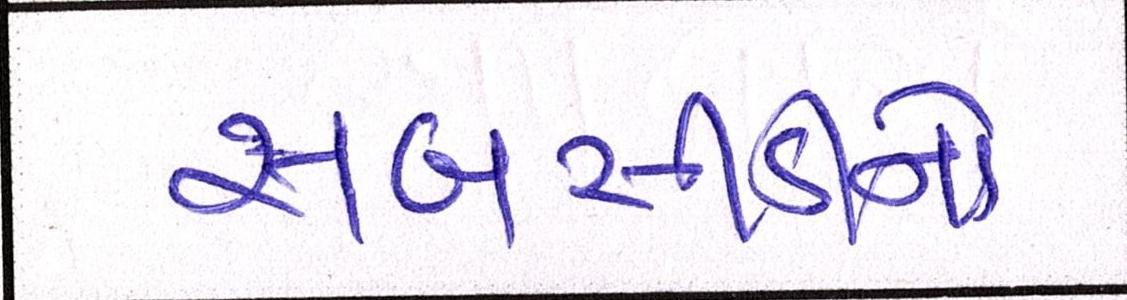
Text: સબસીડીનો